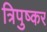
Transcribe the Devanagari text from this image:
त्रिपुष्कर